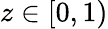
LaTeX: z\in[0,1)